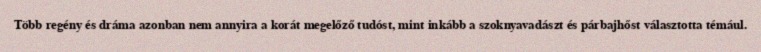
Több regény és dráma azonban nem annyira a korát megelőző tudóst, mint inkább a szoknyavadászt és párbajhőst választotta témául.